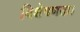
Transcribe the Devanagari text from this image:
विशेषणता।